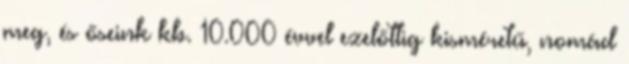
meg, és őseink kb. 10.000 évvel ezelőttig kisméretű, nomád